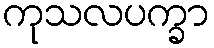
ကုသလပက္ခာ